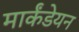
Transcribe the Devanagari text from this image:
मार्कंडेयन